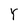
Character: Y